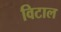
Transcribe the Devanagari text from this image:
विटाल